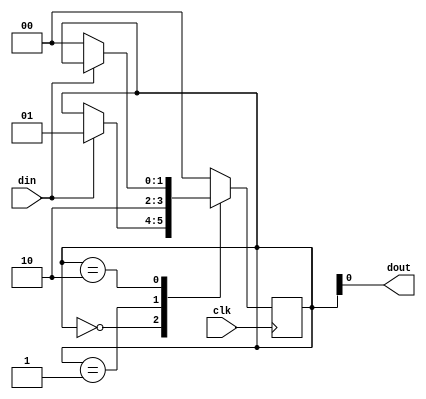
module oneshot(clk,din,dout);
	input  clk,din;
	output dout;
	reg [1:0] cs;
	always@(posedge clk) begin
		case(cs)
			2'b00: begin
				if(din)
					cs <= 2'b01;
			end
			
			2'b01: cs <= 2'b10;
			2'b10: begin
				if(~din)
					cs <= 2'b00;
			end
			default: cs <=2'b00;
		endcase
	end

assign dout = cs[0];
endmodule